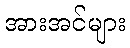
အားအင်များ